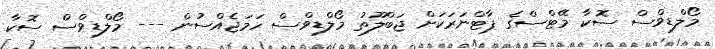
މޯލްޑިވްސް ސޮކާ މޭޓްސްގެ ޕާޓްނަރަކަށް ޖަބްލޫތު މޯލްޑިވްސް ހަމަޖެއްސުން --- މޯލްޑިވްސް ސޮކާ